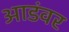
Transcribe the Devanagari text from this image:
आडंवर